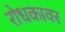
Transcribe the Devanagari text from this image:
रोधकावर